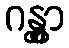
ဂန္တွာ